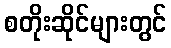
စတိုးဆိုင်များတွင်